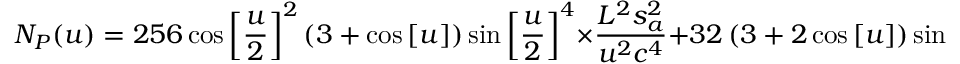
{ N _ { P } } ( u ) = 2 5 6 \cos { \left[ { \frac { u } { 2 } } \right] ^ { 2 } } \left( { 3 + \cos \left[ u \right] } \right) \sin { \left[ { \frac { u } { 2 } } \right] ^ { 4 } } \times \frac { { { L ^ { 2 } } s _ { a } ^ { 2 } } } { { { u ^ { 2 } } { c ^ { 4 } } } } + 3 2 \left( { 3 + 2 \cos \left[ u \right] } \right) \sin { \left[ { \frac { u } { 2 } } \right] ^ { 2 } } \sin { \left[ u \right] ^ { 2 } } \times \frac { { { u ^ { 2 } } s _ { x } ^ { 2 } } } { { { L ^ { 2 } } } } ,